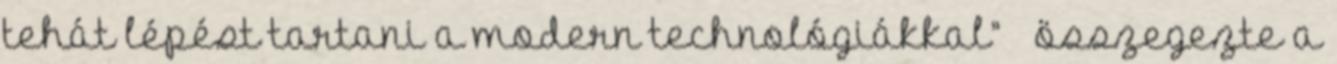
tehát lépést tartani a modern technológiákkal” – összegezte a